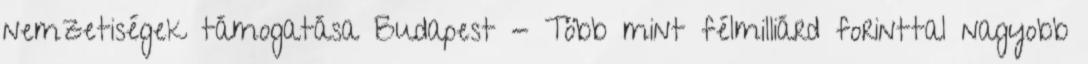
nemzetiségek támogatása Budapest - Több mint félmilliárd forinttal nagyobb